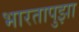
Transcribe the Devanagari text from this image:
भारतापुझा